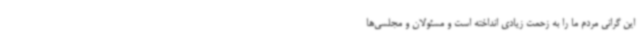
این گرانی مردم ما را به زحمت زیادی انداخته است و مسئولان و مجلسی‌ها